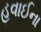
હવાઈના